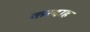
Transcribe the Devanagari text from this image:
करदाह